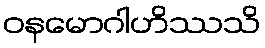
ဝနမောဂါဟိဿသိ